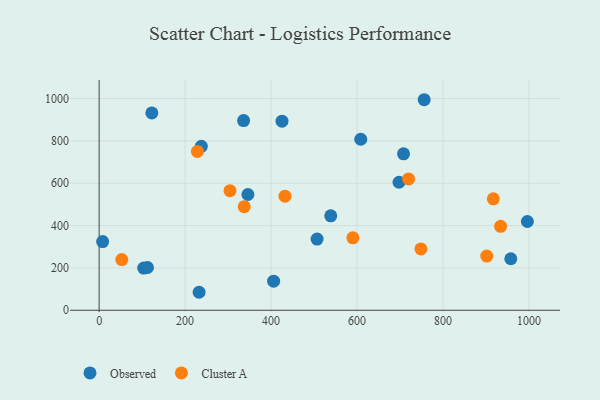
{"axis": {"x": "Ad Spend", "y": "Salary"}, "legend": ["Cluster A", "Observed"], "data": [{"x": "8.1", "y": 324.3, "type": "Observed"}, {"x": "346.1", "y": 546.8, "type": "Observed"}, {"x": "112.5", "y": 201.9, "type": "Observed"}, {"x": "336.1", "y": 896.1, "type": "Observed"}, {"x": "406.0", "y": 137.3, "type": "Observed"}, {"x": "507.1", "y": 336.4, "type": "Observed"}, {"x": "237.8", "y": 774.6, "type": "Observed"}, {"x": "232.6", "y": 84.9, "type": "Observed"}, {"x": "538.9", "y": 446.0, "type": "Observed"}, {"x": "103.7", "y": 199.1, "type": "Observed"}, {"x": "957.8", "y": 243.2, "type": "Observed"}, {"x": "708.3", "y": 738.9, "type": "Observed"}, {"x": "608.7", "y": 807.9, "type": "Observed"}, {"x": "996.4", "y": 419.3, "type": "Observed"}, {"x": "122.6", "y": 932.1, "type": "Observed"}, {"x": "425.5", "y": 893.4, "type": "Observed"}, {"x": "697.7", "y": 604.6, "type": "Observed"}, {"x": "756.3", "y": 994.6, "type": "Observed"}, {"x": "901.9", "y": 255.8, "type": "Cluster A"}, {"x": "934.1", "y": 396.7, "type": "Cluster A"}, {"x": "228.6", "y": 750.3, "type": "Cluster A"}, {"x": "720.0", "y": 620.2, "type": "Cluster A"}, {"x": "337.5", "y": 489.2, "type": "Cluster A"}, {"x": "748.7", "y": 289.7, "type": "Cluster A"}, {"x": "304.4", "y": 564.8, "type": "Cluster A"}, {"x": "917.2", "y": 526.2, "type": "Cluster A"}, {"x": "432.4", "y": 538.9, "type": "Cluster A"}, {"x": "52.7", "y": 239.2, "type": "Cluster A"}, {"x": "590.4", "y": 342.0, "type": "Cluster A"}]}